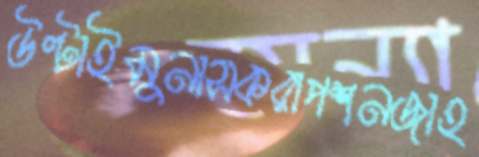
উল্টাইমুনাসকরাপশনজাহ